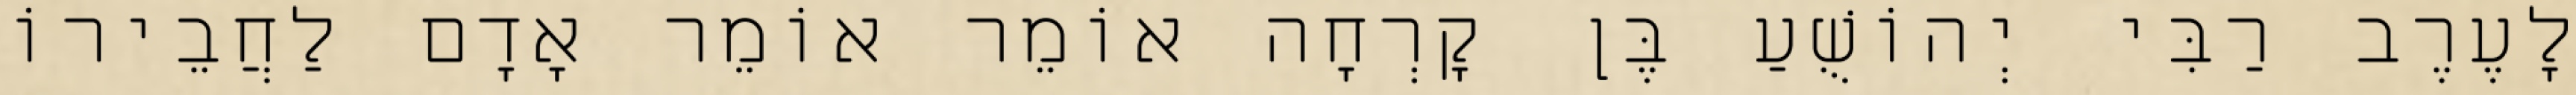
לָעֶרֶב רַבִּי יְהוֹשֻׁעַ בֶּן קׇרְחָה אוֹמֵר אוֹמֵר אָדָם לַחֲבֵירוֹ